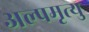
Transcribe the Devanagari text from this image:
अल्पमृत्यु